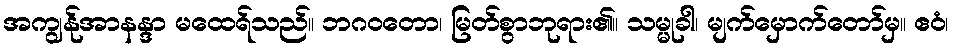
အကျွန်ုအာနန္ဒာ မထေရ်သည်။ ဘဂဝတော၊ မြတ်စွာဘုရား၏။ သမ္မုခါ၊ မျက်မှောက်တော်မှ။ ဧဝံ၊